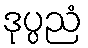
ဒုပ္ပညံ